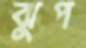
ঝুপ